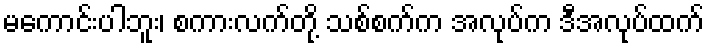
မကောင်းပါဘူး၊ စကားလက်တို့ သစ်စက်က အလုပ်က ဒီအလုပ်ထက်